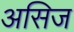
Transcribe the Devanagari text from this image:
असिज